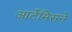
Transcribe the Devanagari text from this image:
आर्टेमिसने